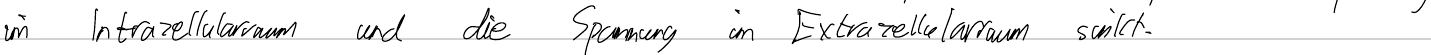
im Intrazellularraum und die Spannung im Extrazellularraum sinkt.